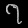
Digit: ၇